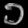
Digit: ၁